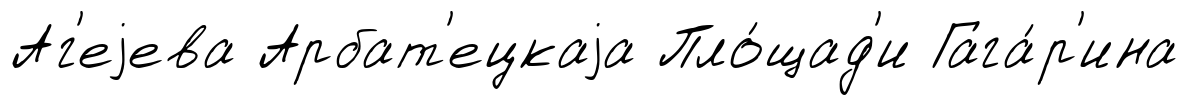
Аг'еjева Арбат'ецкаjа Пло́щад'и Гага́р'ина